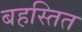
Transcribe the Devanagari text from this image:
बहस्तित